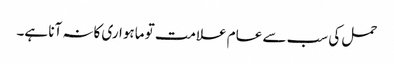
حمل کی سب سے عام علامت تو ماہواری کانہ آنا ہے۔